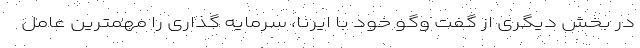
در بخش دیگری از گفت وگو خود با ایرنا، سرمایه گذاری را مهمترین عامل